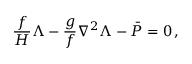
\frac { f } { H } \Lambda - \frac { g } { f } \nabla ^ { 2 } \Lambda - \bar { P } = 0 \, ,